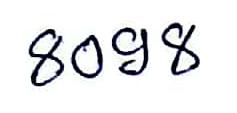
8098